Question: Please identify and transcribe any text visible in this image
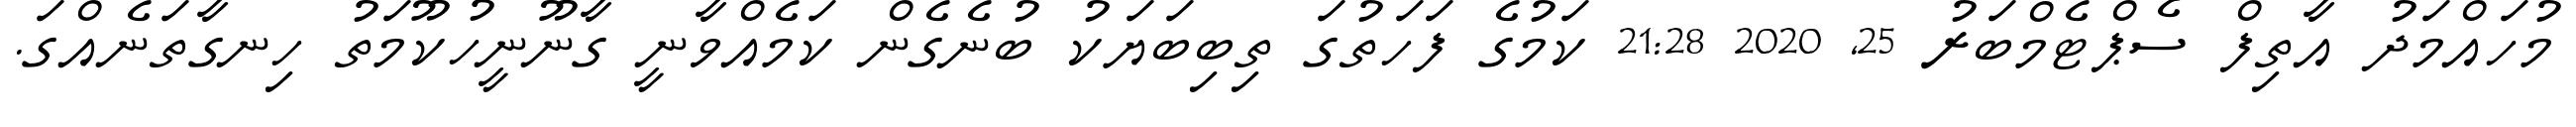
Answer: މުހައްމަދު އާތިފް ސެޕްޓެމްބަރު 25, 2020 21:28 ކަމުގެ ފަހަތުގަ ތިބިބަޔަކު ބުނެގެން ކަމެއްވާނީ ގާނޫނީހުކޫމަތު ހިނގާތަނެއްގަ.